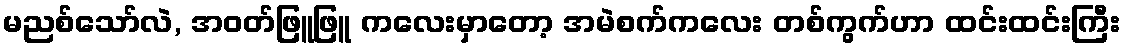
မညစ်သော်လဲ, အဝတ်ဖြူဖြူ ကလေးမှာတော့ အမဲစက်ကလေး တစ်ကွက်ဟာ ထင်းထင်းကြီး